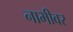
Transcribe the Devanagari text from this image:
नाभीवर